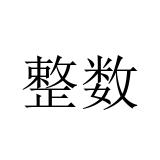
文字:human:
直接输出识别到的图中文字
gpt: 整数